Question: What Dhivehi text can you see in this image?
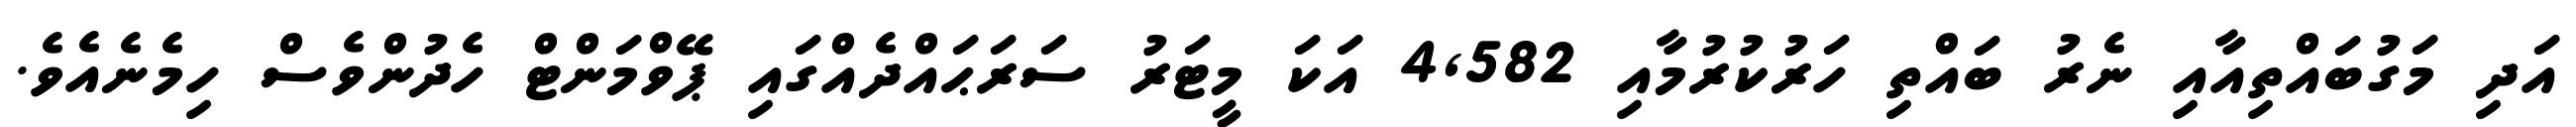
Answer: އަދި މަގުބައްތިއާއި ނެރު ބައްތި ހަރުކުރުމާއި 4,582 އަކަ މީޓަރު ސަރަޙައްދެއްގައި ޕޭވްމަންޓް ހެދުންވެސް ހިމެނެއެވެ.